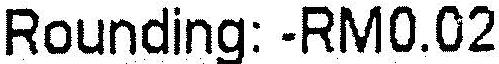
ROUNDING: -RM0.02